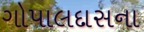
ગોપાલદાસના